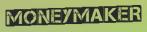
MONEYMAKER